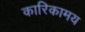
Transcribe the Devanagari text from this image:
कारिकामय